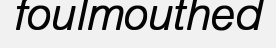
foulmouthed